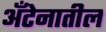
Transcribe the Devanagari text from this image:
अँटेनातील